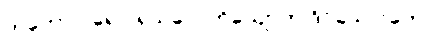
တတော ပရေ ပရသုဝေ၊ ဟိယျောတု ဒိဝသေ ဂတေ။